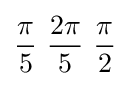
{\pi  \over 5}\ {2\pi  \over 5}\ {\pi  \over 2}